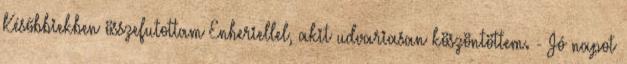
Későbbiekben összefutottam Enheriellel, akit udvariasan köszöntöttem. - Jó napot